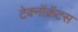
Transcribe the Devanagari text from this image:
टेक्नॉक्रॅटस